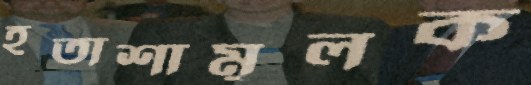
হতাশামূলক